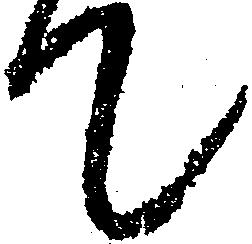
て